Report on horse surra - Volume II, Part II
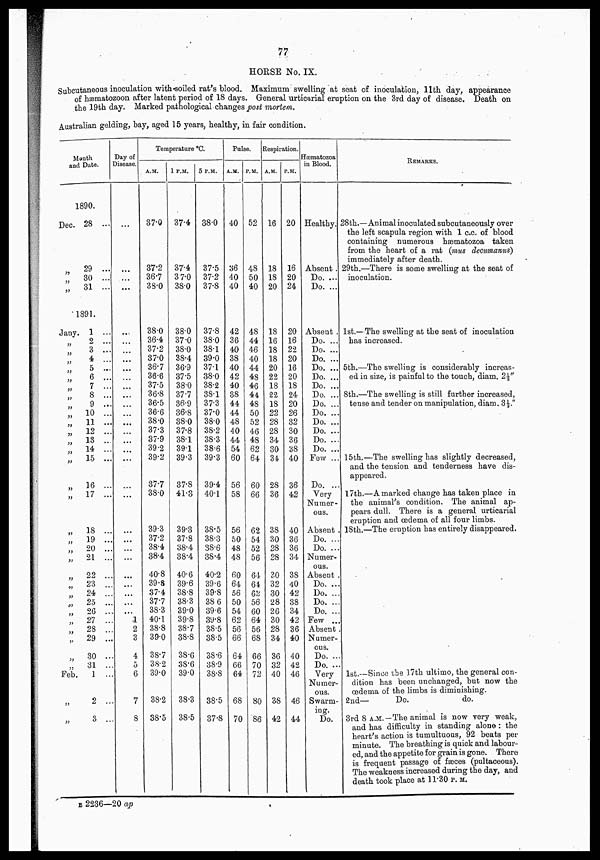
77
HORSE No. IX.
Subcutaneous inoculation with soiled rat's blood. Maximum swelling at seat of inoculation, 11th day, appearance
of hæmatozoon after latent period of 18 days. General urticarial eruption on the 3rd day of disease. Death on
the 19th day. Marked pathological changes post mortem.
Australian gelding, bay, aged 15 years, healthy, in fair condition.
Month
and Date.
1890.
Dec.
31
„
28 ...
29 ...
30 ...
31 ...
1891.
Jany.
„
„
„
„
„
„
„
„
„
„
„
„
„
„
„
„
„
„
„
„
„
„
„
„
„
„
„
„
„
„
„
„
Feb.
„
„
1 ...
2 ...
3 ...
4 ...
5 ...
6 ...
7 ..
8 ..
9 ..
10 ..
11 ..
12 ..
13 ..
14 ..
15 ..
16 ..
17 ..
18 ...
19 ..
20 ..
21 ..
22 ..
23 ..
24 ..
25 ..
26 ..
27 ...
28 ..
29 ..
30 ..
31 ...
1 ...
2 ...
3 ...
Day of
Disease.
...
...
...
...
...
...
...
...
...
...
...
...
...
...
...
...
...
...
...
...
...
...
...
...
...
...
...
...
...
...
1
2
3
4
5
6
7
8
Temperature °C.
A.M.
37.0
37.2
36.7
38.0
38.0
36.4
37.2
37.0
36.7
36.6
37.5
36.8
36.5
36.6
38.0
37.3
37.9
39.2
39.2
37.7
38.0
39.3
37.2
38.4
38.4
40.8
39.8
37.4
37.7
38.3
40.1
38.8
39.0
38.7
38.2
39.0
38.2
38.5
1 P.M.
37.4
37.4
37.0
38.0
38.0
37.0
38.0
38.4
36.9
37.5
38.0
37.7
36.9
36.8
38.0
37.8
38.1
39.1
39.3
37.8
41.3
39.3
37.8
38.4
38.4
40.6
39.6
38.8
38.3
39.0
39.8
38.7
38.8
38.6
38.6
39.0
38.3
38.5
5 P.M.
38.0
37.5
37.2
37.8
37.8
38.0
38.1
39.0
37.1
38.0
38.2
38.1
37.3
37.0
38.0
38.2
38.3
38.6
39.3
39.4
40.1
38.5
38.3
38.6
38.4
40.2
39.6
39.8
38 6
39.6
39.8
38.5
38.5
38.6
38.9
38.8
38.5
37.8
Pulse.
A.M.
40
36
40
40
42
36
40
38
40
42
40
38
44
44
48
40
44
54
60
56
58
56
50
48
48
60
64
56
50
54
62
56
66
64
66
64
68
70
P.M.
52
48
50
40
48
44
46
40
44
48
46
44
48
50
52
46
48
62
64
60
66
62
54
52
56
64
64
62
56
60
64
56
68
66
70
72
80
86
Respiration.
A.M.
16
18
18
20
18
16
18
18
20
22
18
22
18
22
28
28
34
30
34
28
36
38
30
28
28
30
32
30
28
26
30
28
34
36
32
40
38
42
P.M.
20
16
20
24
20
16
22
20
16
20
18
24
20
26
32
30
36
38
40
36
42
40
36
36
34
38
40
42
38
34
42
36
40
40
42
46
46
44
Hæmatozoa
in Blood.
Healthy.
Absent.
Do. ...
Do. ...
Absent .
Do. ...
Do. ...
Do. ...
Do. ...
Do. ...
Do. ..
Do. ..
Do. ..
Do. ..
Do. ..
Do. ..
Do. ..
Do. ..
Few ..
Do. ..
Very
Numer-
ous.
Absent
Do. ..
Do. ..
Numer-
ous.
Absent-
Do. ..
Do. ..
Do. ..
Do. ..
Few ..
Absent
Numer-
ous.
Do. ..
Do. ..
Very
Numer-
ous.
Swarm-
ing.
Do.
REMARKS.
28th.—Animal inoculated subcutaneously over
the left scapula region with 1 c.c. of blood
containing numerous hæmatozoa taken
from the heart of a rat (mus decumanus)
immediately after death.
29th.—There is some swelling at the seat of
inoculation.
1st.—The swelling at the seat of inoculation
has increased.
5th.—The swelling is considerably increas-
ed in size, is painful to the touch, diam. 2½"
8th.—The swelling is still further increased,
tense and tender on manipulation, diam. 3½."
15th.— The swelling has slightly decreased,
and the tension and tenderness have dis-
appeared.
17th.—A marked change has taken place in
the animal's condition. The animal ap-
pears dull. There is a general urticarial
eruption and œdema of all four limbs.
18th.—The eruption has entirely disappeared.
1st. Since the 17th ultimo, the general con-
dition has been unchanged, but now the
oedema of the limbs is diminishing.
2nd—
Do.
do.
3rd 8 A.M. —The animal is now very weak,
and has difficulty in standing alone : the
heart's action is tumultuous, 92 beats per
minute. The breathing is quick and labour-
ed, and the appetite for grain is gone. There
is frequent passage of fæces (pultaceous).
The weakness increased during the day, and
death took place at 11.30 P.M.
B 2236—20 ap